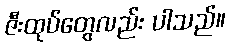
ဇီးထုပ်တွေလည်း ပါသည်။